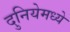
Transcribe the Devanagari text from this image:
दुनियेमध्ये